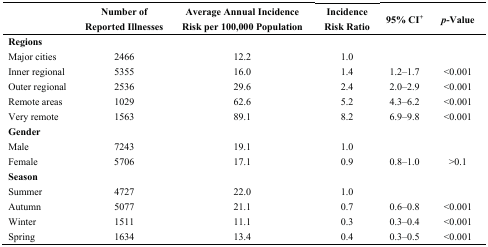
<table><thead><tr><td></td><td><b>Number of Reported Illnesses</b></td><td><b>Average Annual Incidence Risk per 100,000 Population</b></td><td><b>Incidence Risk Ratio</b></td><td><b>95% CI<sup>+</sup></b></td><td><b><i>p</i>-Value</b></td></tr></thead><tbody><tr><td colspan="6"><b>Regions</b></td></tr><tr><td>Major cities</td><td>2466</td><td>12.2</td><td>1.0</td><td></td><td></td></tr><tr><td>Inner regional</td><td>5355</td><td>16.0</td><td>1.4</td><td>1.2–1.7</td><td>&lt;0.001</td></tr><tr><td>Outer regional</td><td>2536</td><td>29.6</td><td>2.4</td><td>2.0–2.9</td><td>&lt;0.001</td></tr><tr><td>Remote areas</td><td>1029</td><td>62.6</td><td>5.2</td><td>4.3–6.2</td><td>&lt;0.001</td></tr><tr><td>Very remote</td><td>1563</td><td>89.1</td><td>8.2</td><td>6.9–9.8</td><td>&lt;0.001</td></tr><tr><td colspan="6"><b>Gender</b></td></tr><tr><td>Male</td><td>7243</td><td>19.1</td><td>1.0</td><td></td><td></td></tr><tr><td>Female</td><td>5706</td><td>17.1</td><td>0.9</td><td>0.8–1.0</td><td>&gt;0.1</td></tr><tr><td colspan="6"><b>Season</b></td></tr><tr><td>Summer</td><td>4727</td><td>22.0</td><td>1.0</td><td></td><td></td></tr><tr><td>Autumn</td><td>5077</td><td>21.1</td><td>0.7</td><td>0.6–0.8</td><td>&lt;0.001</td></tr><tr><td>Winter</td><td>1511</td><td>11.1</td><td>0.3</td><td>0.3–0.4</td><td>&lt;0.001</td></tr><tr><td>Spring</td><td>1634</td><td>13.4</td><td>0.4</td><td>0.3–0.5</td><td>&lt;0.001</td></tr></tbody></table>